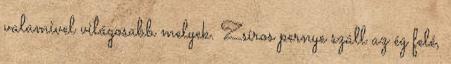
valamivel világosabb melyek. Zsíros pernye száll az ég felé,